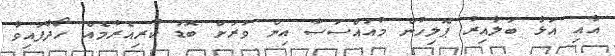
އާއި އަޅާ ބަލާއިރު ޕޮލިހުން މުއައްސަސާ އިން ވަރަށް ބޮޑު ކުރިއެރުމެއް ހޯދާފައިވާ